Source: Handwritten
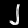
Digit: ၂ (2)